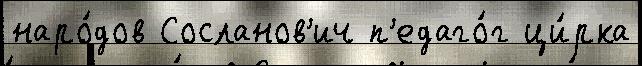
наро́дов Сосланов'ич п'едаго́г ци́рка